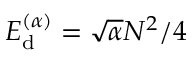
{ E _ { \mathrm d } ^ { ( \alpha ) } = \sqrt { \alpha } N ^ { 2 } / 4 }